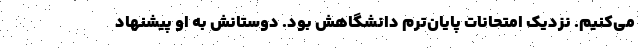
می‌کنیم. نزدیک امتحانات پایان‌ترم دانشگاهش بود. دوستانش به او پیشنهاد